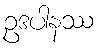
ဥဒပါနဿ